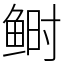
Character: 鲥